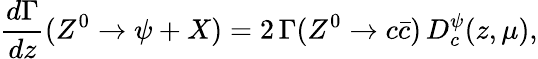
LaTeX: \frac{d\Gamma}{dz}(Z^{0}\to\psi+X)=2\, \Gamma(Z^{0}\to c\bar{c})\, D_{c}^{\psi}(z,\mu),